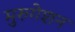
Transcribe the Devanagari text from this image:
मुरुगेशन